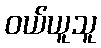
ဝယ်ယူသူ